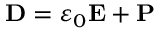
\mathbf { D } = \varepsilon _ { 0 } \mathbf { E } + \mathbf { P }